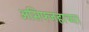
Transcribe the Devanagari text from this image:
असिफ्जहाच्या